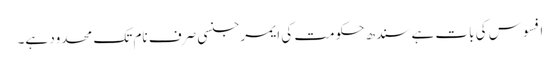
افسوس کی بات ہے سندھ حکومت کی ایمرجنسی صرف نام تک محدود ہے۔